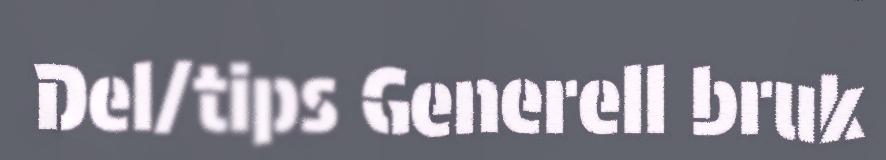
Del/tips Generell bruk